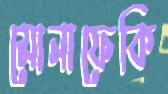
মোনাফেকি